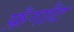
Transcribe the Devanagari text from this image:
फ़ॅगॉट